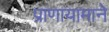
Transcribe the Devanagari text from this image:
प्राणायामाने